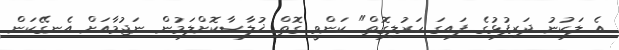
އެ ލަކުނު ދަރިފުޅުގެ ފައިގަ ހަރުލިގޮތް" ކަންވީ ގޮތް ޚުލާޞާކޮށްލަމުން ނަޖުމާއަށް އެނގޭކަން